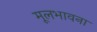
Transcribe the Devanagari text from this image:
मूलभावना